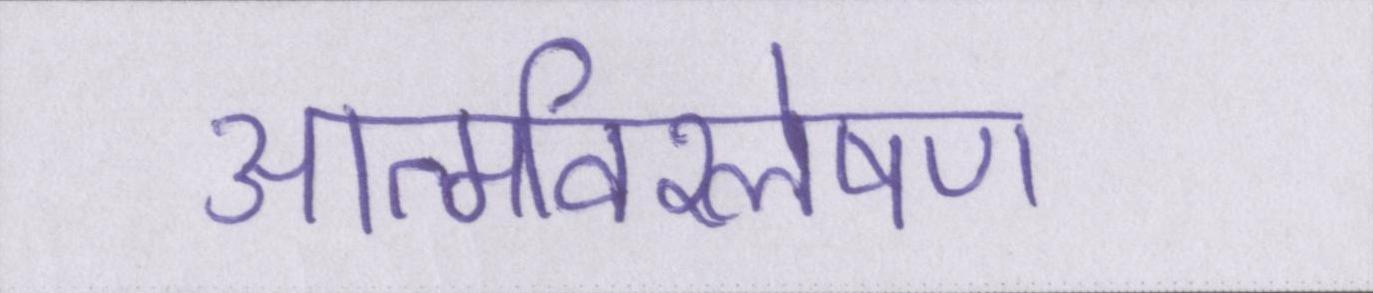
आत्मविश्लेषण